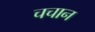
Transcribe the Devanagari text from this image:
चचान